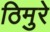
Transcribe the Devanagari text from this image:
ठिमुरे